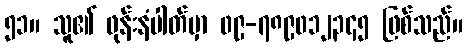
၅၁။ သူ၏ ဖုန်းနံပါတ်မှာ ၀၉-၇၈၉၀၁၂၃၄၅ ဖြစ်သည်။